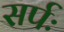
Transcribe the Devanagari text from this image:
सर्पः